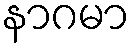
နာဂမာ